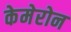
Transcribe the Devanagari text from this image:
केमेरोन